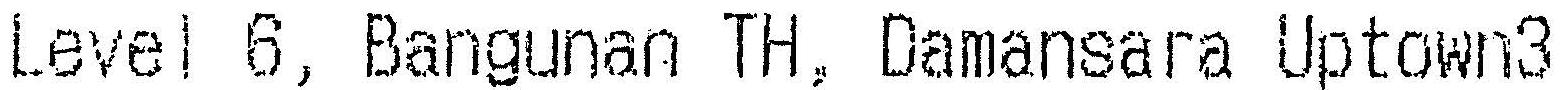
LEVEL 6, BANGUNAN TH, DAMANSARA UPTOWN3